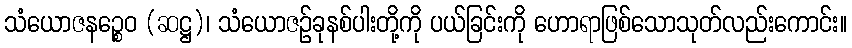
သံယောဇနဉ္စေဝ (ဆဋ္ဌ)၊ သံယောဇဉ်ခုနစ်ပါးတို့ကို ပယ်ခြင်းကို ဟောရာဖြစ်သောသုတ်လည်းကောင်း။